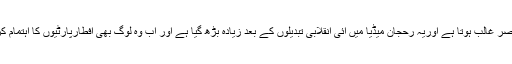
انہوں نے کہا کہ ان افطار پارٹیوں میں خلوص سے زیادہ خود نمائی کا عنصر غالب ہوتا ہے اوریہ رحجان میڈیا میں آئی انقلابی تبدیلوں کے بعد زیادہ بڑھ گیا ہے اور اب وہ لوگ بھی افطارپارٹیوں کا اہتمام کرتے ہیں جن کا دین اسلام کے ساتھ کوئی دور کا واسطہ بھی نہیں ہوتا تھا۔